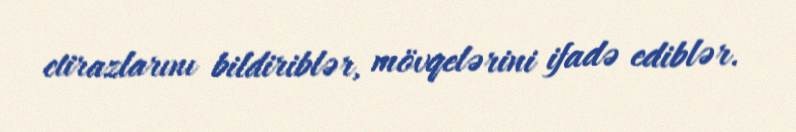
etirazlarını bildiriblər, mövqelərini ifadə ediblər.